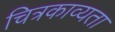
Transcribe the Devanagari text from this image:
चित्रकाव्यता